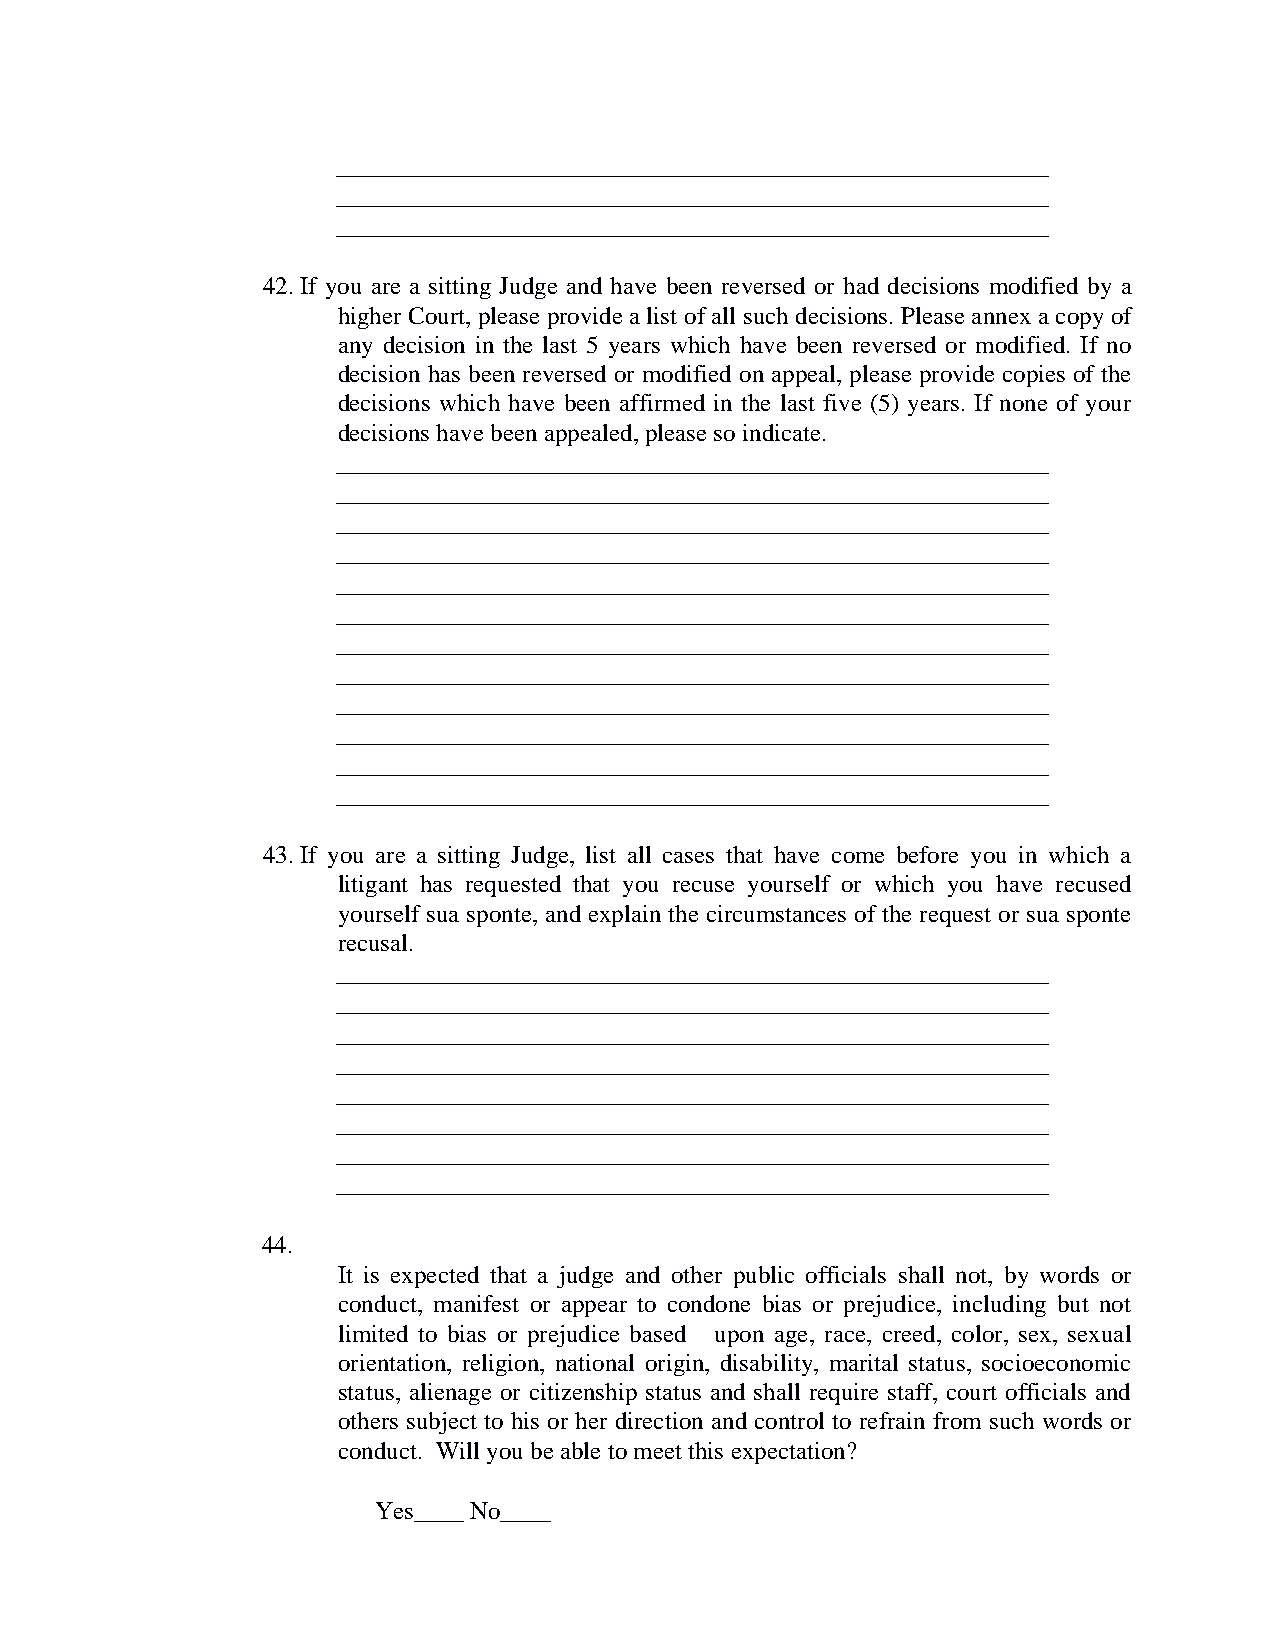
_________________________________________________________
 _________________________________________________________
 _________________________________________________________
 42. If you are a sitting Judge and have been reversed or had decisions modified by a
 higher Court, please provide a list of all such decisions. Please annex a copy of
 any decision in the last 5 years which have been reversed or modified. If no
 decision has been reversed or modified on appeal, please provide copies of the
 decisions which have been affirmed in the last five (5) years. If none of your
 decisions have been appealed, please so indicate.
 _________________________________________________________
 _________________________________________________________
 _________________________________________________________
 _________________________________________________________
 _________________________________________________________
 _________________________________________________________
 _________________________________________________________
 _________________________________________________________
 _________________________________________________________
 _________________________________________________________
 _________________________________________________________
 _________________________________________________________
 43. If you are a sitting Judge, list all cases that have come before you in which a
 litigant has requested that you recuse yourself or which you have recused
 yourself sua sponte, and explain the circumstances of the request or sua sponte
 recusal.
 _________________________________________________________
 _________________________________________________________
 _________________________________________________________
 _________________________________________________________
 _________________________________________________________
 _________________________________________________________
 _________________________________________________________
 _________________________________________________________
 44.
 It is expected that a judge and other public officials shall not, by words or
 conduct, manifest or appear to condone bias or prejudice, including but not
 limited to bias or prejudice based upon age, race, creed, color, sex, sexual
 orientation, religion, national origin, disability, marital status, socioeconomic
 status, alienage or citizenship status and shall require staff, court officials and
 others subject to his or her direction and control to refrain from such words or
 conduct. Will you be able to meet this expectation?
 Yes____ No____